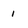
Character: i